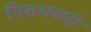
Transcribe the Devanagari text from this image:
निराशवादी